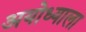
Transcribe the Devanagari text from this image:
अयोध्याला